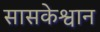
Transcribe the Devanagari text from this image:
सासकेश्वान